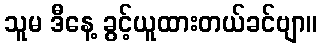
သူမ ဒီနေ့ ခွင့်ယူထားတယ်ခင်ဗျာ။